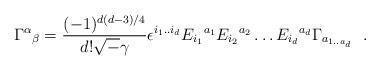
LaTeX: \begin{align*}\Gamma^{\alpha}{}_{\beta} = \frac{(-1)^{d(d-3)/4}}{d!{\sqrt-\gamma}}\epsilon^{i_{1}..i_{d}}E_{i_{1}}{}^{a_{1}}E_{i_{2}}{}^{a_{2}}\ldots E_{i_{d}}{}^{a_{d}}\Gamma_{a_{1..a{_d}}}~~.\end{align*}